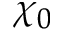
\chi _ { 0 }